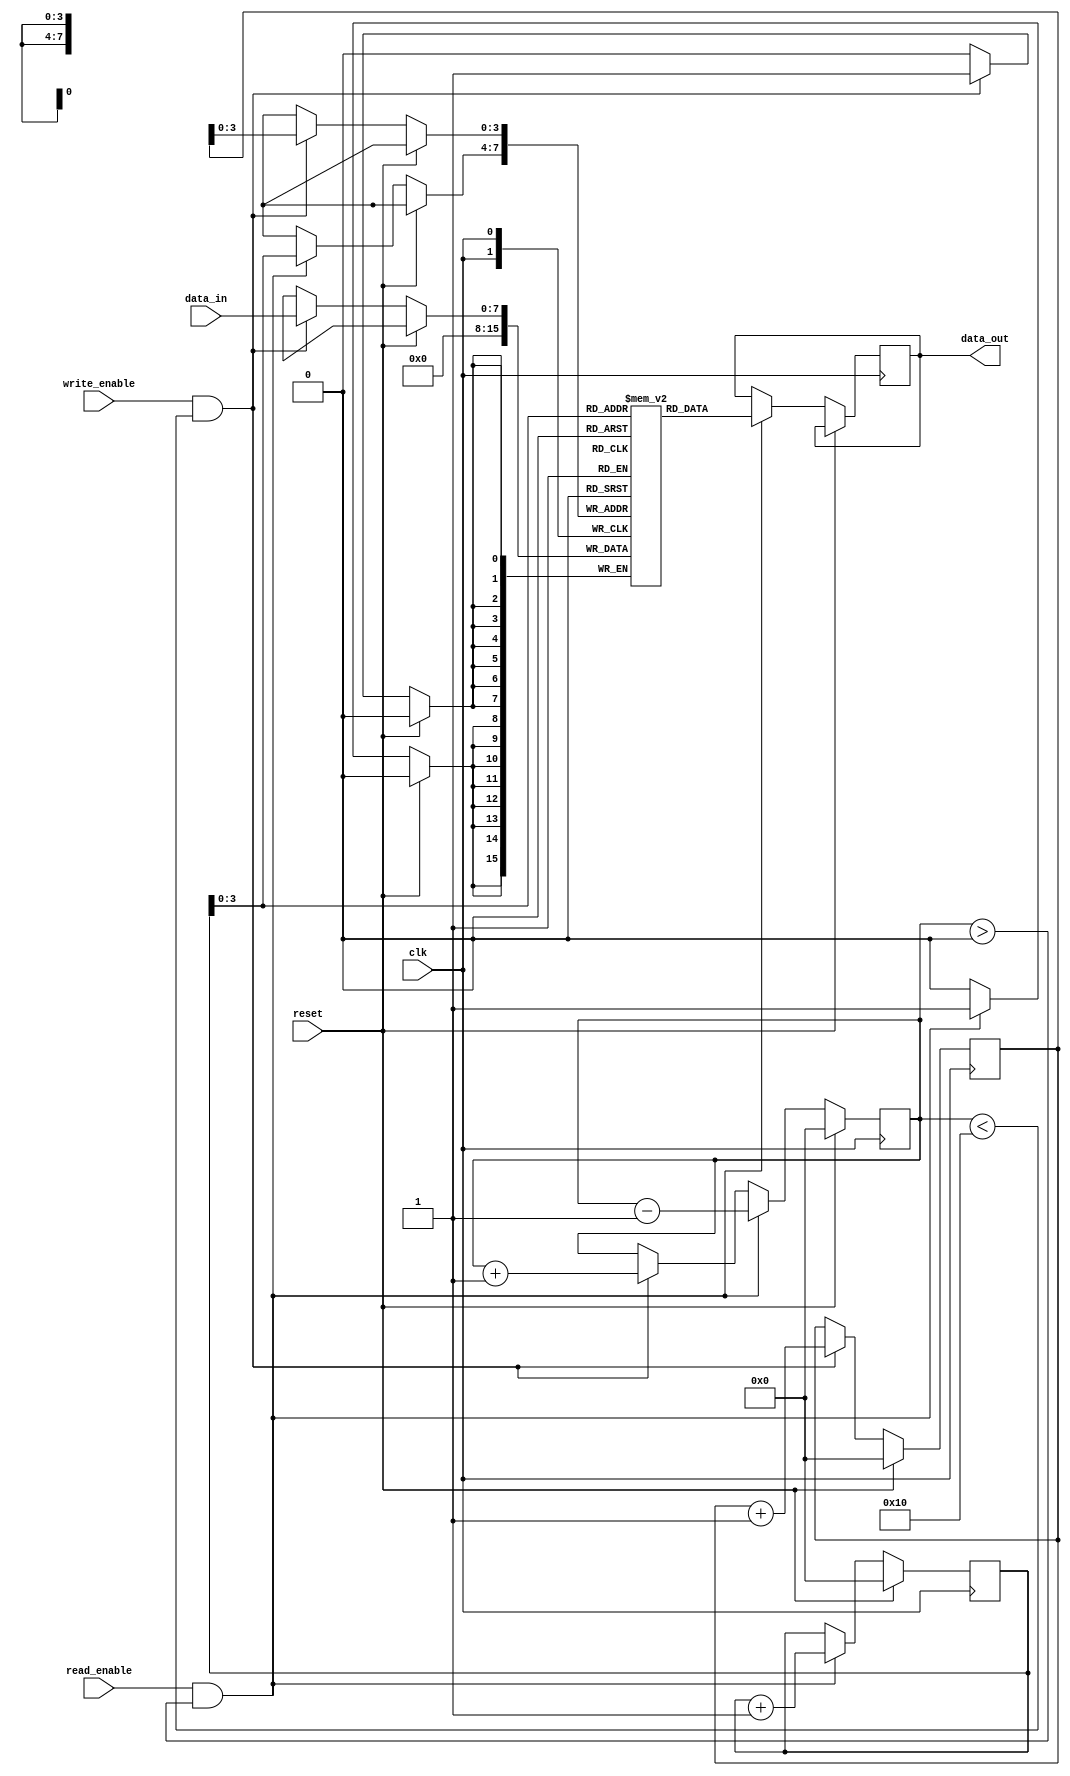
module FirstWordFallThroughFIFO (
    input wire clk,
    input wire reset,
    input wire write_enable,
    input wire read_enable,
    input wire [DATA_WIDTH-1:0] data_in,
    output reg [DATA_WIDTH-1:0] data_out
);

parameter DEPTH = 16; // Depth of FIFO buffer
parameter DATA_WIDTH = 8; // Data bus width

reg [DATA_WIDTH-1:0] memory [DEPTH-1:0];
reg [4:0] write_pointer = 0; // Write pointer for FIFO buffer
reg [4:0] read_pointer = 0; // Read pointer for FIFO buffer
reg [4:0] full_count = 0; // Counter for checking if FIFO is full

always @(posedge clk) begin
    if (reset) begin
        write_pointer <= 0;
        read_pointer <= 0;
        full_count <= 0;
    end else begin
        if (write_enable && full_count < DEPTH) begin
            memory[write_pointer] <= data_in;
            write_pointer <= write_pointer + 1;
            full_count <= full_count + 1;
        end
        
        if (read_enable && full_count > 0) begin
            data_out <= memory[read_pointer];
            memory[read_pointer] <= 0;
            read_pointer <= read_pointer + 1;
            full_count <= full_count - 1;
        end
    end
end

endmodule